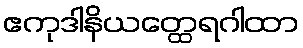
ဧကုဒါနိယတ္ထေရဂါထာ